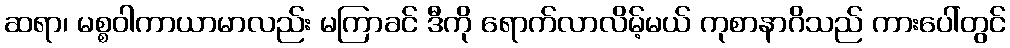
ဆရာ၊ မစ္စဝါကာယာမာလည်း မကြာခင် ဒီကို ရောက်လာလိမ့်မယ် ကုစာနာဂိသည် ကားပေါ်တွင်